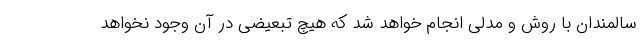
سالمندان با روش و مدلی انجام خواهد شد که هیچ تبعیضی در آن وجود نخواهد